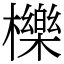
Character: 櫟